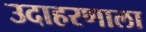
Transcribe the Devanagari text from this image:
उदाहरणाला